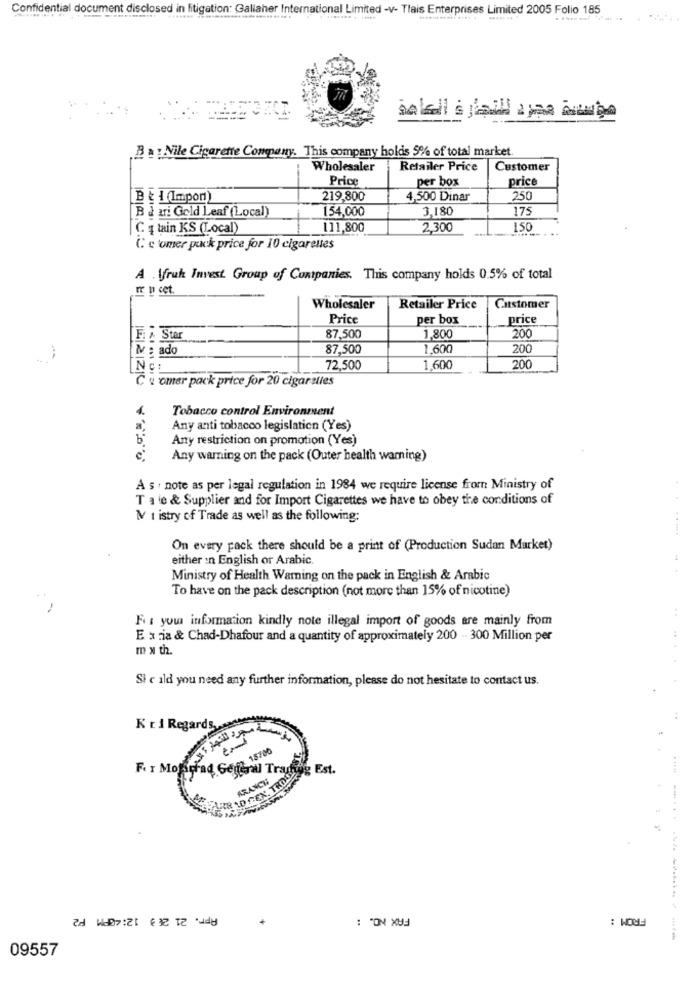
Confidential document disclosed in litigation: Gallaher International Limited -v- Tlais Enterprises Limited 2005 Folio 185
مؤسسة مجرد للتجارة العامة
B a : Nile Cigarette Company. This company holds 5% of total market.
Wholesaler
Retailer Price
Customer
Price
per box
price
[B { { (Impon)
219,800
4,500 Dinar
250
B i uri Gold Leaf (Local)
154,000
3,180
175
C # tain KS (Local)
111,800
2,300
150
C e omer puck price for 10 cigarettes
A . Wfruk Invest Group of Contpanies. This company holds 0.5% of total
In cet.
Wholesaler
Retailer Price
Customer
Price
per box
price
F Star
87,500
1,800
200
M : ado
87,500
1,600
200
72,500
1,600
200
C e comer pack price for 20 cigarelies
Tobacco control Environment
4
Any anti tobacco legislation (Yes)
b
Any restriction on promotion (Yes)
Any warning on the pack (Outer health warning)
A s . note as per legal regulation in 1984 we require license from Ministry of
T ale & Supplier and for Import Cigarettes we have to obey the conditions of
MV t istry of Trade as well as the following:
On every pack there should be a print of (Production Sudan Market)
either In English or Arabic.
Ministry of Health Warning on the pack in English & Arabic
To have on the pack description (not more than 15% of nicotine)
F. : your information kindly note illegal import of goods are mainly from
E a ria & Chad-Dhafour and a quantity of approximately 200 . 300 Million per
m » th.
Si c ild you need any further information, please do not hesitate to contact us.
K ri Regards ..
Tad Gang 15
F. I Moje
regenal Trading Est.
. ....
-
Apr. 21 20 3 12:40PM P2
09557